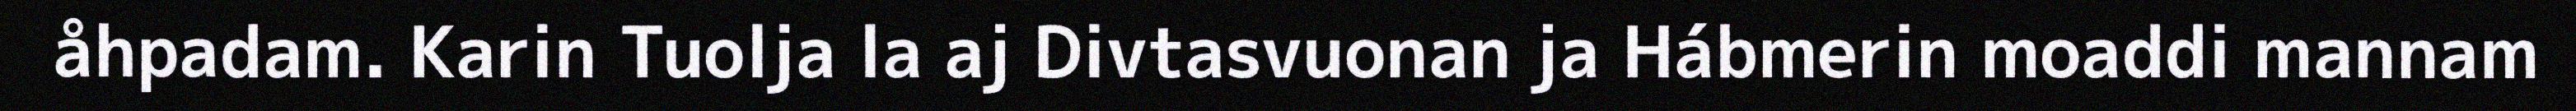
åhpadam. Karin Tuolja la aj Divtasvuonan ja Hábmerin moaddi mannam